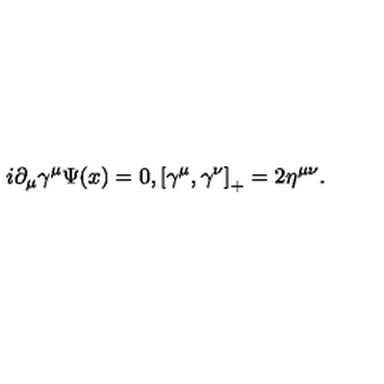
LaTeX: i \partial _ { \mu } \gamma ^ { \mu } \Psi ( x ) = 0 , \left[ \gamma ^ { \mu } , \gamma ^ { \nu } \right] _ { + } = 2 \eta ^ { \mu \nu } .